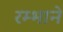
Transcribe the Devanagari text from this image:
रम्भाने